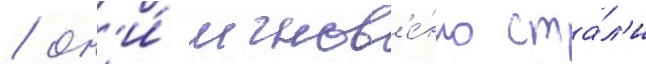
/ он'и́ мгнов'е́нно ста́л'и